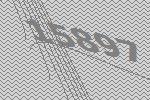
15897